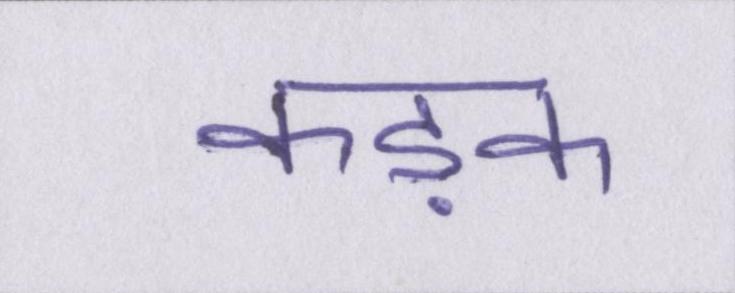
कड़क